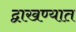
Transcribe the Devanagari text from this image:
द्वाखण्यात